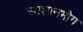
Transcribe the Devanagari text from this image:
स्मशानभोग